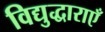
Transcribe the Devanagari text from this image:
विद्युद्धाराएँ